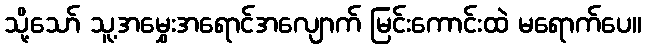
သို့သော် သူ့အမွှေးအရောင်အလျောက် မြင်းကောင်းထဲ မရောက်ပေ။